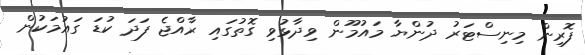
ފޮރިން މިނިސްޓަރު ދުންޔާ މައުމޫން ވިދާޅުވި ގޮތުގައި ރާއްޖެ ފަދަ ކުޑަ ގައުމަކުން